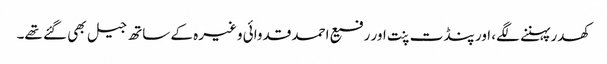
کھدر پہننے لگے، اور پنڈت پنت اور رفیع احمد قدوائی وغیرہ کے ساتھ جیل بھی گئے تھے۔